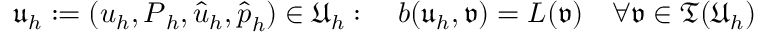
\mathfrak { u } _ { h } : = ( \boldsymbol { u } _ { h } , \boldsymbol { P } _ { h } , \widehat { \boldsymbol { u } } _ { h } , \widehat { \boldsymbol { p } } _ { h } ) \in \ensuremath { \mathfrak { U } } _ { h } : \quad b ( \mathfrak { u } _ { h } , \mathfrak { v } ) = L ( \mathfrak { v } ) \quad \forall \mathfrak { v } \in { \mathfrak { T } } ( \ensuremath { \mathfrak { U } } _ { h } )